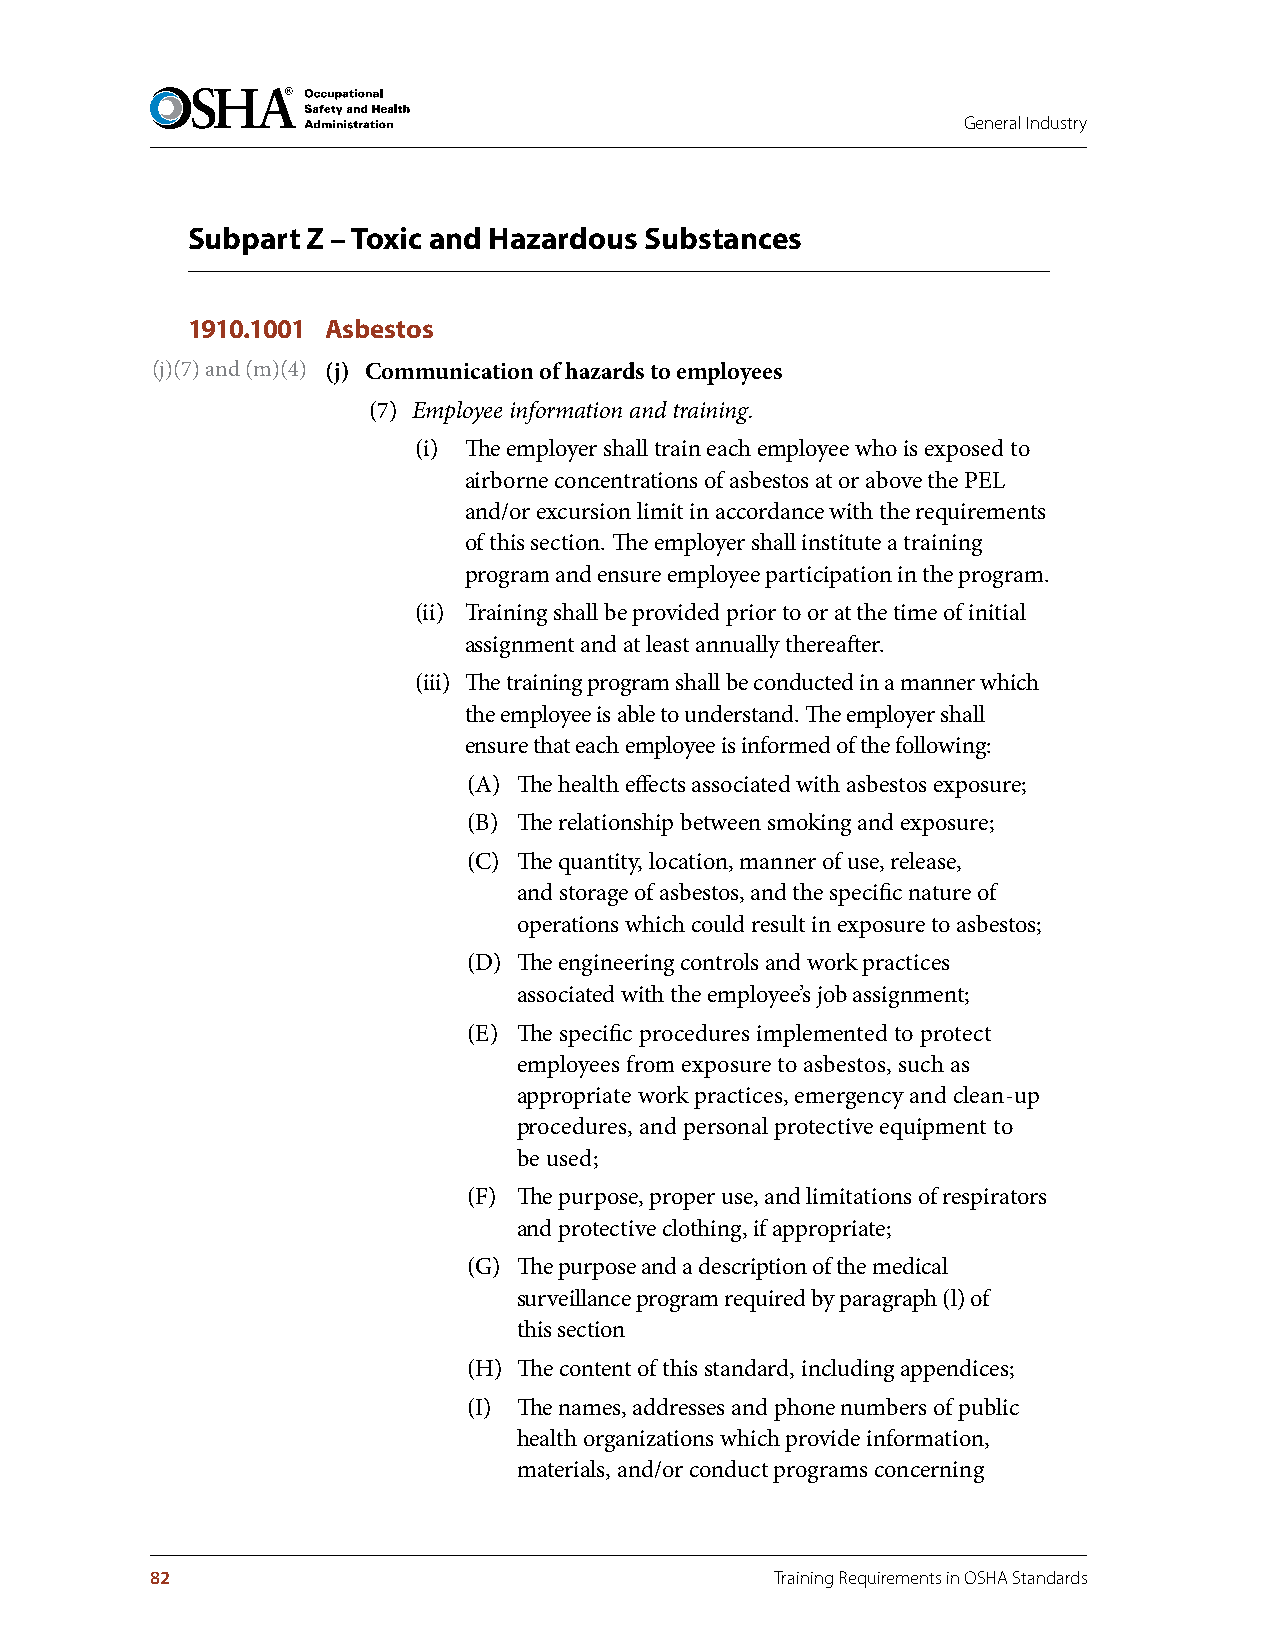
General Industry
 Subpart Z – Toxic and Hazardous Substances
 1910.1001 Asbestos
 (j)(7) and (m)(4) (j) Communication of hazards to employees
 (7) Employee information and training.
 (i) The employer shall train each employee who is exposed to
 airborne concentrations of asbestos at or above the PEL
 and/or excursion limit in accordance with the requirements
 of this section. The employer shall institute a training
 program and ensure employee participation in the program.
 (ii) Training shall be provided prior to or at the time of initial
 assignment and at least annually thereafter.
 (iii) The training program shall be conducted in a manner which
 the employee is able to understand. The employer shall
 ensure that each employee is informed of the following:
 (A) The health effects associated with asbestos exposure;
 (B) The relationship between smoking and exposure;
 (C) The quantity, location, manner of use, release,
 and storage of asbestos, and the specific nature of
 operations which could result in exposure to asbestos;
 (D) The engineering controls and work practices
 associated with the employee’s job assignment;
 (E) The specific procedures implemented to protect
 employees from exposure to asbestos, such as
 appropriate work practices, emergency and clean-up
 procedures, and personal protective equipment to
 be used;
 (F) The purpose, proper use, and limitations of respirators
 and protective clothing, if appropriate;
 (G) The purpose and a description of the medical
 surveillance program required by paragraph (l) of
 this section
 (H) The content of this standard, including appendices;
 (I) The names, addresses and phone numbers of public
 health organizations which provide information,
 materials, and/or conduct programs concerning
 82                                       Training Requirements in OSHA Standards